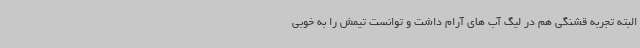
البته تجربه قشنگی هم در لیگ آب های آرام داشت و توانست تیمش را به خوبی